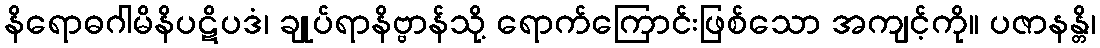
နိရောဓဂါမိနိပဋိပဒံ၊ ချုပ်ရာနိဗ္ဗာန်သို့ ရောက်ကြောင်းဖြစ်သော အကျင့်ကို။ ပဇာနန္တိ၊